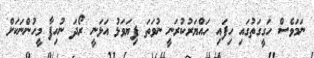
ނަމަވެސް ހަގީގަތުގައި ހިފައި ހައްޔަރުކުރަނީ ނުވަތަ ފިޔަވަޅު އަޅަނީ ރޯދަ ނުހިފާ މީހުންނަކަށް